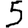
Digit: 5